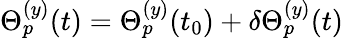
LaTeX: \Theta_{p}^{(y)}(t)=\Theta_{p}^{(y)}(t_{0})+\delta\Theta_{p}^{(y)}(t)